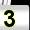
Digit: 3